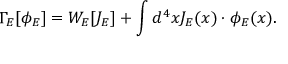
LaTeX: \Gamma _ { E } [ \phi _ { E } ] = W _ { E } [ J _ { E } ] + \int d ^ { 4 } x J _ { E } ( x ) \cdot \phi _ { E } ( x ) .